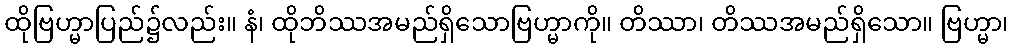
ထိုဗြဟ္မာပြည်၌လည်း။ နံ၊ ထိုဘိဿအမည်ရှိသောဗြဟ္မာကို။ တိဿာ၊ တိဿအမည်ရှိသော။ ဗြဟ္မာ၊